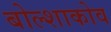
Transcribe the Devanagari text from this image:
बोल्शाकोव